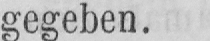
gegeben.